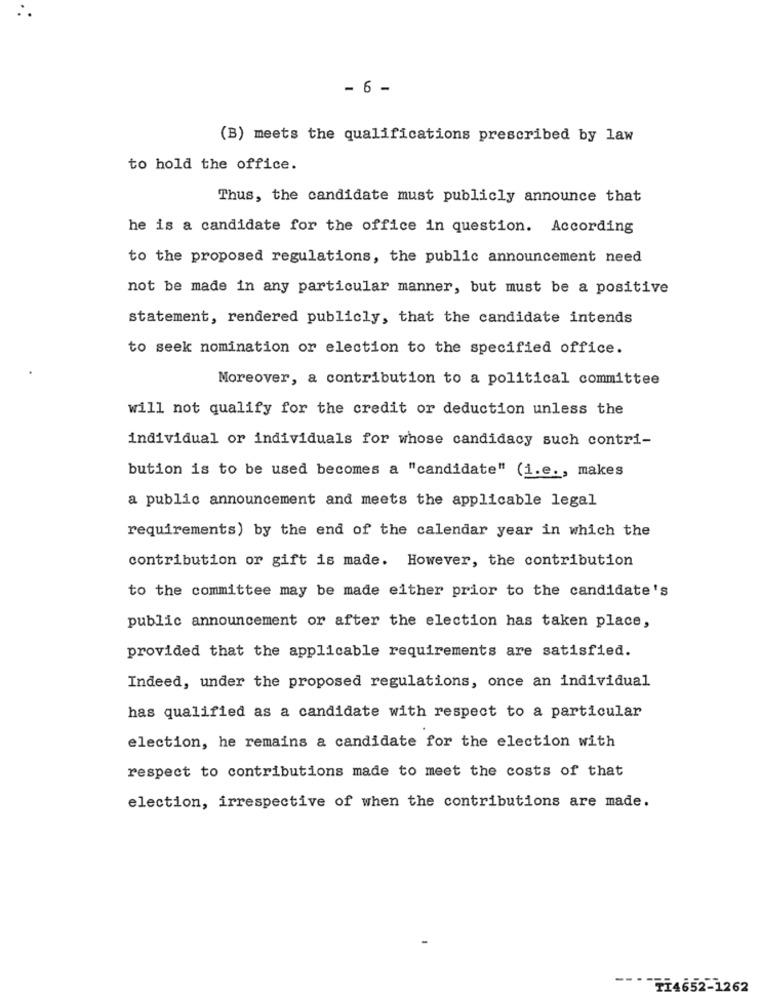
- 6 -
(B) meets the qualifications prescribed by law
to hold the office.
Thus, the candidate must publicly announce that
he is a candidate for the office in question. According
to the proposed regulations, the public announcement need
not be made in any particular manner, but must be a positive
statement, rendered publicly, that the candidate intends
to seek nomination or election to the specified office.
Moreover, a contribution to a political committee
will not qualify for the credit or deduction unless the
individual or individuals for whose candidacy such contri-
bution is to be used becomes a "candidate" (i.e ., makes
a public announcement and meets the applicable legal
requirements) by the end of the calendar year in which the
contribution or gift is made. However, the contribution
to the committee may be made either prior to the candidate's
public announcement or after the election has taken place,
provided that the applicable requirements are satisfied.
Indeed, under the proposed regulations, once an individual
has qualified as a candidate with respect to a particular
election, he remains a candidate for the election with
respect to contributions made to meet the costs of that
election, irrespective of when the contributions are made.
""TI4652-1262